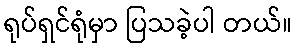
ရုပ်ရှင်ရုံမှာ ပြသခဲ့ပါ တယ်။